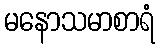
မနောသမာစာရံ